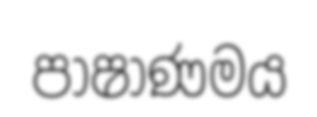
පාෂාණමය